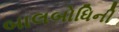
બાલબોધિની